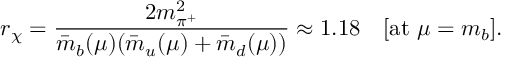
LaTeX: r _ { \chi } = \frac { 2 m _ { \pi ^ { + } } ^ { 2 } } { \bar { m } _ { b } ( \mu ) ( \bar { m } _ { u } ( \mu ) + \bar { m } _ { d } ( \mu ) ) } \approx 1 . 1 8 \quad [ \mathrm { a t ~ } \mu = m _ { b } ] .